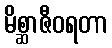
မိစ္ဆာဇီဝရတာ